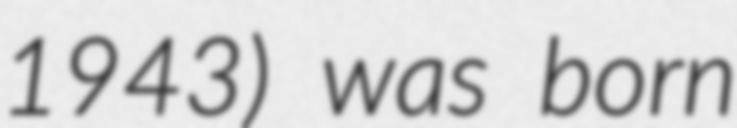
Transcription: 1943) was born